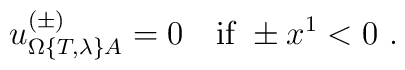
u_{\Omega\{T,\lambda\}A}^{(\pm)}=0\quad\mbox{if } \pm x^1 <0\ .